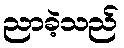
ညာခဲ့သည်